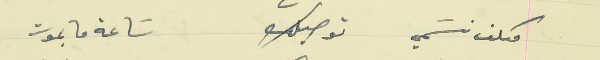
مكلف نسَمي توصيلك                                  سَاعة ما بموت